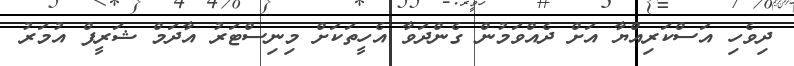
ދިވެހި އަސްކަރިއްޔާ އަށް ދެއްވަމުން ގެންދަވާ އެހީތަކަށް މިނިސްޓަރު އާދަމް ޝަރީފް އުމަރު